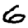
Digit: 6